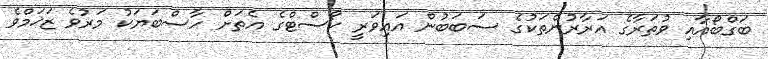
ބަގްބޯއާއި ވުތަރާގެ އަރާރުންތަކުގެ ސަބަބުން އައިވަރީ ކޯސްޓްގެ އެތަށް ހާސްބަޔަކު މަރުވެ ޒަޚަމްވެ